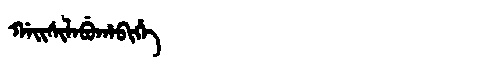
Manchu: ᡤᠠᡳᠰᡳᠯᠠᠪᡠᡥᠠᠪᡳᡥᡝ
Romanization: GAISILABUHABIHE